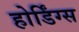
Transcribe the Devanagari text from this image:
होर्डिंग्स